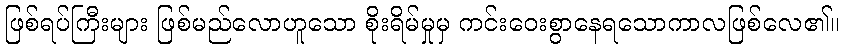
ဖြစ်ရပ်ကြီးများ ဖြစ်မည်လောဟူသော စိုးရိမ်မှုမှ ကင်းဝေးစွာနေရသောကာလဖြစ်လေ၏။